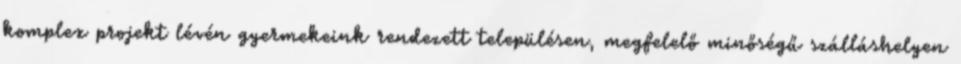
komplex projekt lévén gyermekeink rendezett településen, megfelelő minőségű szálláshelyen